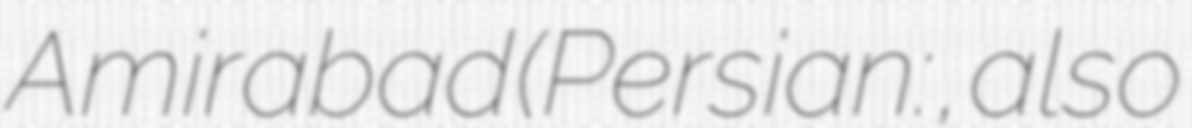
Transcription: Amirabad (Persian: اميراباد, also